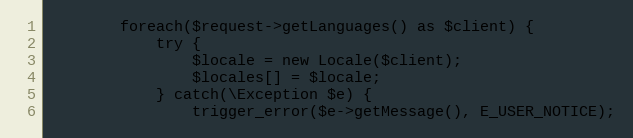
Language: PHP
        foreach($request->getLanguages() as $client) {
            try {
                $locale = new Locale($client);
                $locales[] = $locale;
            } catch(\Exception $e) {
                trigger_error($e->getMessage(), E_USER_NOTICE);